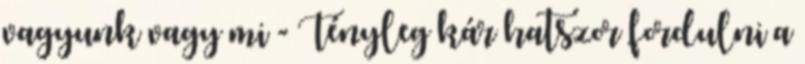
vagyunk vagy mi - Tényleg kár hatszor fordulni a